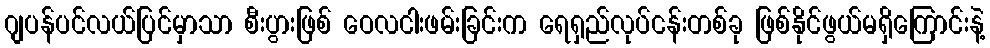
ဂျပန်ပင်လယ်ပြင်မှာသာ စီးပွားဖြစ် ဝေလငါးဖမ်းခြင်းက ရေရှည်လုပ်ငန်းတစ်ခု ဖြစ်နိုင်ဖွယ်မရှိကြောင်းနဲ့